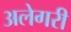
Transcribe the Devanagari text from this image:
अलेगरी